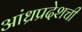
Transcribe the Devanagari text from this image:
आंध्रप्रदेशची